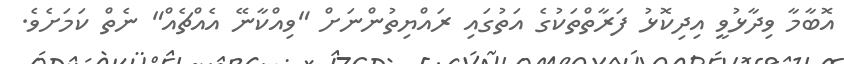
އޮބާމާ ވިދާޅުވީ އިދިކޮޅު ފަރާތްތަކުގެ އަތުގައި ރައްޔިތުންނަށް "ވިއްކާނޭ އެއްޗެއް" ނެތް ކަމަށެވެ.